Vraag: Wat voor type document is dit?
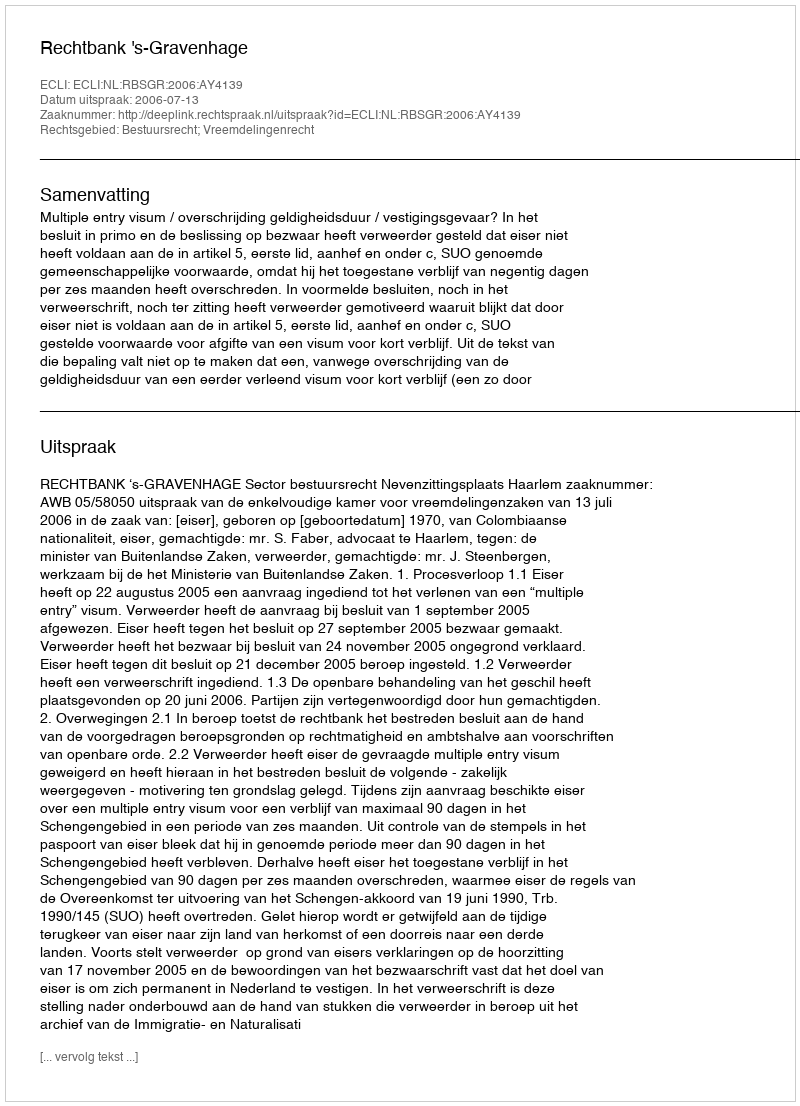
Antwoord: Uitspraak